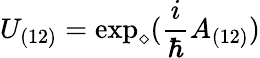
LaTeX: U_{(12)}=\exp_{\diamond}(\frac{i}{\hbar}A_{(12)})